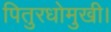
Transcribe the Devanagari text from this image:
पितुरधोमुखी।